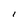
Character: l